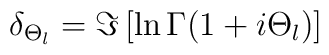
\delta_{\Theta_{l}}=\Im \left[ \ln \Gamma (1+i\Theta_{l}) \right]\;